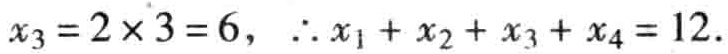
$x_{3}=2\times 3 = 6,\ \therefore x_{1}+x_{2}+x_{3}+x_{4}=12.$